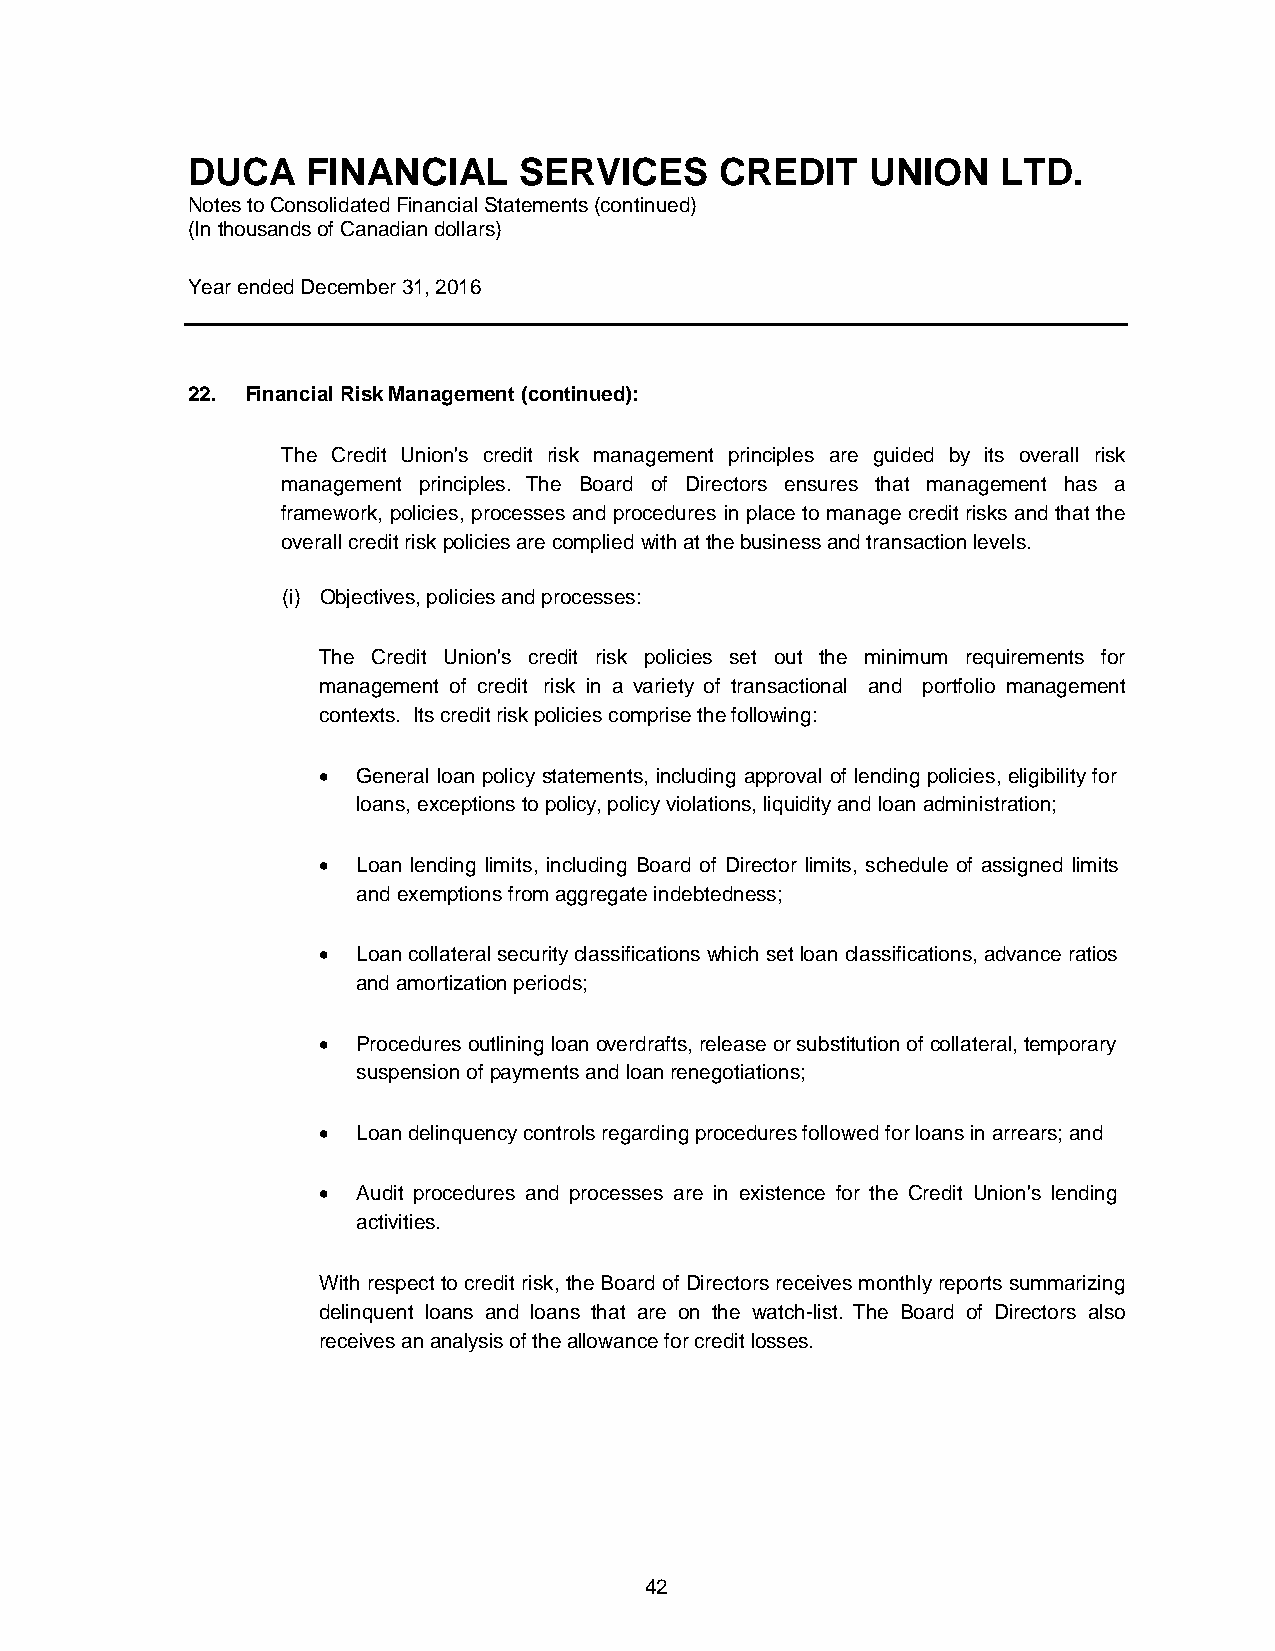
DUCA    FINANCIAL     SERVICES      CREDIT    UNION   LTD.
 Notes to Consolidated Financial Statements (continued)
 (In thousands of Canadian dollars)
 Year ended December 31, 2016
 22. Financial Risk Management (continued):
 The Credit Union's credit risk management principles are guided by its overall risk
 management principles. The Board of Directors ensures that management has a
 framework, policies, processes and procedures in place to manage credit risks and that the
 overall credit risk policies are complied with at the business and transaction levels.
 (i) Objectives, policies and processes:
 The Credit Union's credit risk policies set out the minimum requirements for
 management of credit risk in a variety of transactional and portfolio management
 contexts. Its credit risk policies comprise the following:
   General loan policy statements, including approval of lending policies, eligibility for
 loans, exceptions to policy, policy violations, liquidity and loan administration;
   Loan lending limits, including Board of Director limits, schedule of assigned limits
 and exemptions from aggregate indebtedness;
   Loan collateral security classifications which set loan classifications, advance ratios
 and amortization periods;
   Procedures outlining loan overdrafts, release or substitution of collateral, temporary
 suspension of payments and loan renegotiations;
   Loan delinquency controls regarding procedures followed for loans in arrears; and
   Audit procedures and processes are in existence for the Credit Union's lending
 activities.
 With respect to credit risk, the Board of Directors receives monthly reports summarizing
 delinquent loans and loans that are on the watch-list. The Board of Directors also
 receives an analysis of the allowance for credit losses.
 42